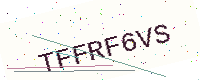
Text: TFFRF6VS